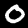
Digit: 0